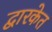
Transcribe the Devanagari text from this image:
द्वारकेत